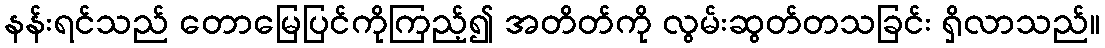
နန်းရင်သည် တောမြေပြင်ကိုကြည့်၍ အတိတ်ကို လွမ်းဆွတ်တသခြင်း ရှိလာသည်။